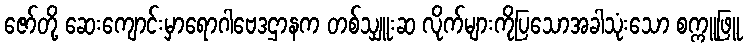
ဇော်တို့ ဆေးကျောင်းမှာရောဂါဗေဒဌာနက တစ်သျှူးဆ လိုက်များကိုပြသောအခါသုံးသော စက္ကူဖြူ